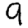
Digit: 9